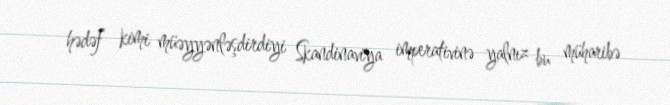
hədəf kimi müəyyənləşdirdiyi Skandinaviya imperativinə yalnız bu müharibə